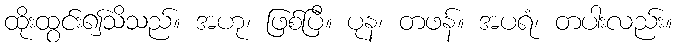
ထိုးထွင်း၍သိသည်။ အဟု၊ ဖြစ်ပြီ။ ပုန၊ တဖန်။ အပရံ၊ တပါးလည်း။